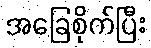
အခြေစိုက်ပြီး